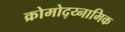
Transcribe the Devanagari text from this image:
क्रोमोद्य्नामिक